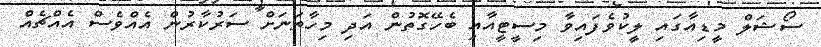
ސޯޝަލް މީޑިއާގައި ލީކުވެފައިވާ މިސީޓީއާއި ބެހޭގޮތުން އަދި މިހާތަނަށް ސަރުކާރުން އެއްވެސް އެއްޗެއް